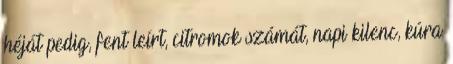
héját pedig, fent leírt, citromok számát, napi kilenc, kúra